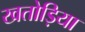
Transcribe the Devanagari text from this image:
खतोड़िया